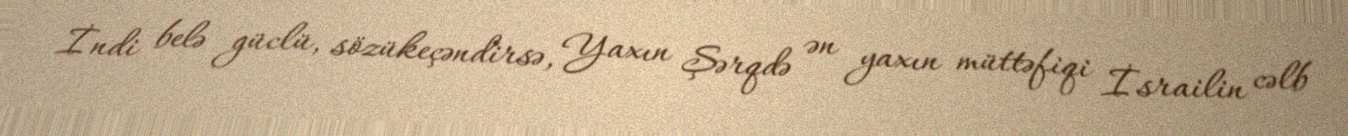
İndi belə güclü, sözükeçəndirsə, Yaxın Şərqdə ən yaxın müttəfiqi İsrailin cəlb